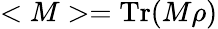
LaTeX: <M>=\operatorname{Tr}(M\rho)